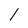
Character: 1